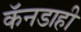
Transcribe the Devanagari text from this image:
कॅनडाही